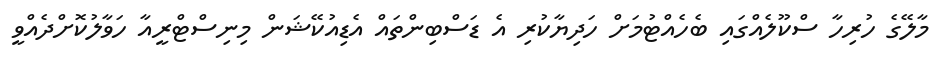
މާލޭގެ ހުރިހާ ސްކޫލެއްގައި ބެހެއްޓުމަށް ހަދިޔާކުރި އެ ޑަސްބިންތައް އެޑިއުކޭޝަން މިނިސްޓްރީއާ ހަވާލުކޮށްދެއްވީ